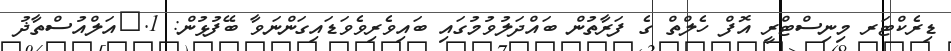
ޑިރެކްޓަރ މިނިސްޓްރީ އޮފް ހެލްތް ގެ ފަރާތުން ބައްދަލުވުމުގައި ބައިވެރިވެވަޑައިގަންނަވާ ބޭފުޅުން: 1.	އަލްއުސްތާޛު